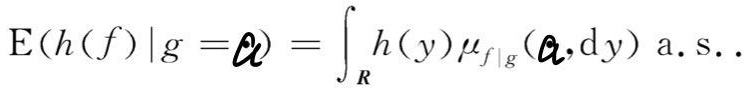
$\mathrm{E}(h(f)\mid g = \mathcal{Q}) = \int_{R} h(y)\mu_{f|g}(\mathcal{Q},\mathrm{d}y)\text{ a.s.}.$